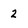
Character: 2